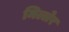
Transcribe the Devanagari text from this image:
मिल्लेर